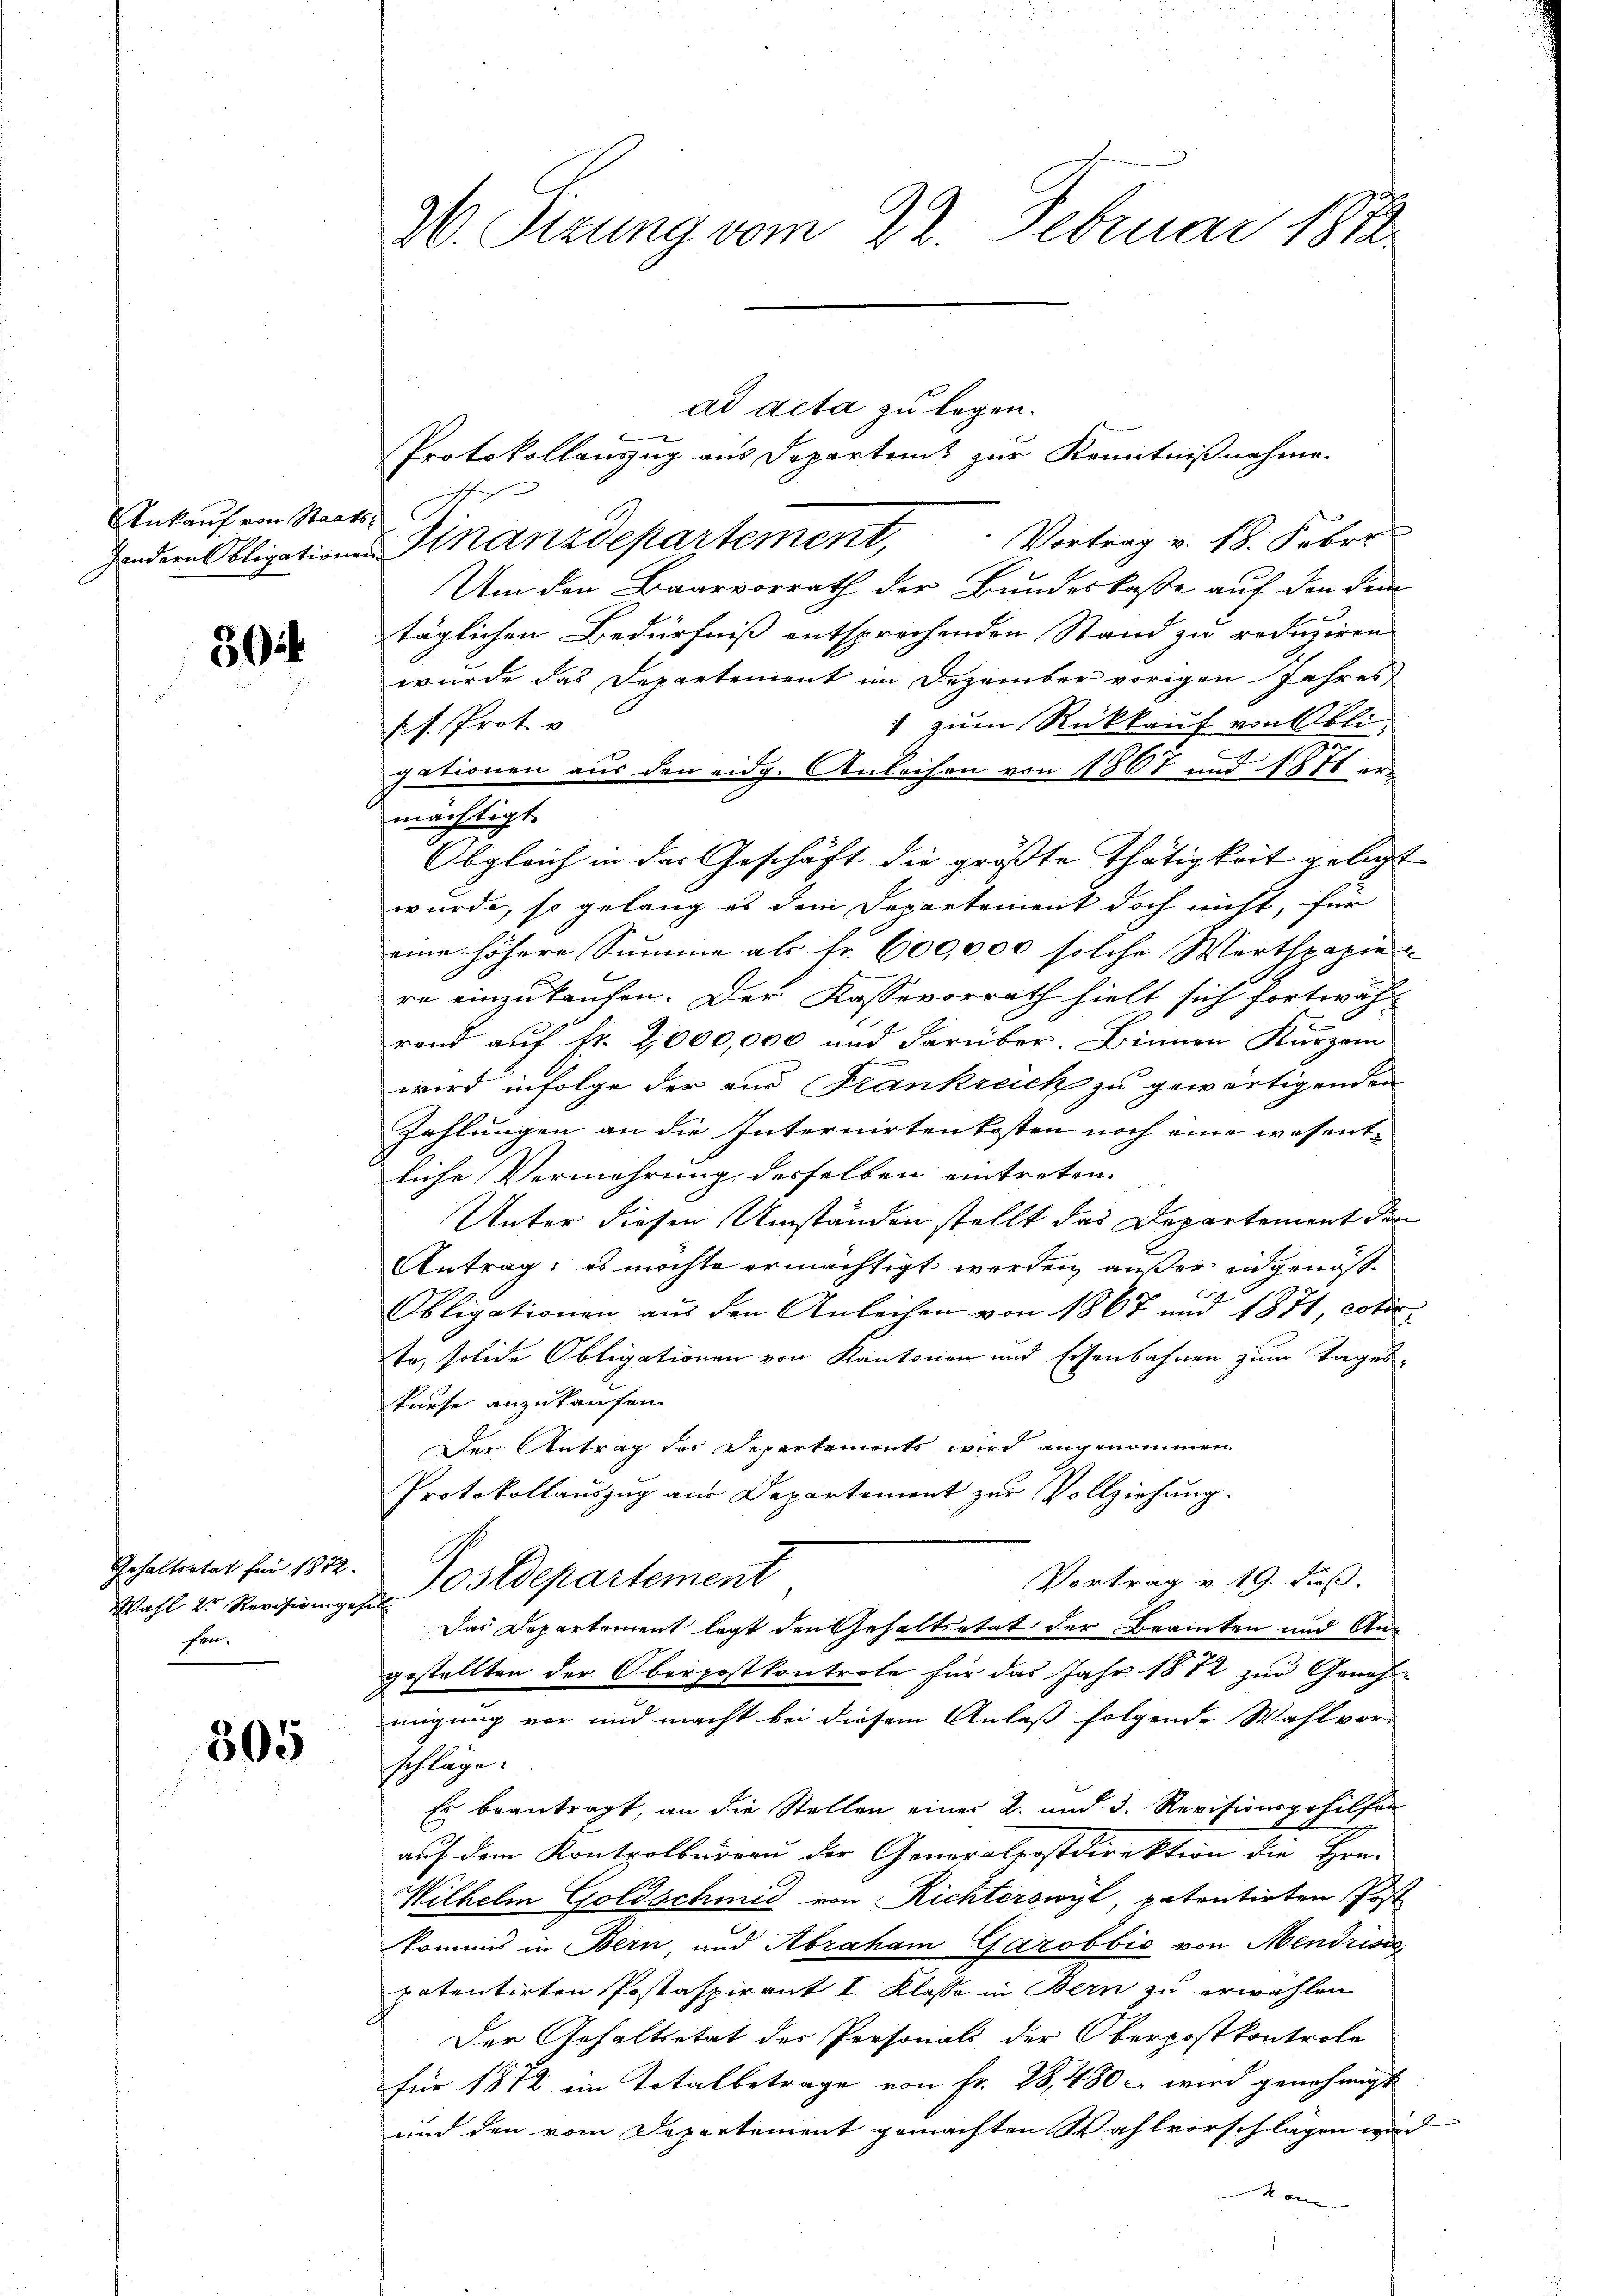
Ankauf von Staats¬

30

Schaltertat für 1872.
fen.

305

M. Sizung vom 22. Februar 1812

ad acta zu legen.
Protokollauszug aus Departens zur Kenntnißnahme
Vortrag v. 18. Febr.
sondern Obligationen Knanzdepartement,
Um den Baarvorrath der Bundeskasse auf den dem
täglichen Bedürfniß entsprechenden Stand zu reduziren
wurde das Departement im Dezember vorigen Jahres
 zum Rückkauf von Obli
s. Prot. v
2
gationen aus den eidg. Anleihen von 1867 und 1881 er-
mächtigt.
Obgleich in der Geschäft die grösste Thätigkeit gelegt
wurde, so gelang es dem Departement doch nicht, für
eine höhere Summe als Fr. 600,000 solche Werthpapie
re einzukaufen. Der Kasse vorrath hielt sich fortwäh-
rand auf Fr. 2,000,000 und darüber. Binnen Kurzem
wird infolge der aus Frankreich zu gewärtigenden
Zahlungen an die Internirtenkosten noch eine wesentliche Vermehrung desselben eintreten.
Unter diesen Umständen stellt das Departement den
Antrag; es möchte ermächtigt werden, außer eidgenös¬
Obligationen aus den Anleihen von 1867 und 1871, cotir
to, solide Obligationen von Kantonion und Eisenbahnen zum Tages-
Pinse anzukaufen.
Der Antrag des Departements wird angenommen
Protokollauszug aus Departement zur Vollziehung.
Vortrag v. 19. Fuß.
Wahl u. Revisionsges. Ostdepartement
Das Departement legt den Gehaltsatat der Beamten und Ang
gestellten der Oberpostkontrole für das Jahr 1872 zur Geneh-
migung vor und macht bei diesem Anlaß folgende Wahl vor-
schläge.
Es beantragt, an die Stellen einer 2. und 3. Revisionsgehilfen
auf dem Kontrolbureau der Genovalpostdirektion die Hrn.
Wilhelm Goldschmid von Richterswyl, patentirten Post
kommes in Bern und Abraham Garobbić von Mendrisc
patentirten Postaspirant I. Klasse in Bern zu erwählen
Der Gehaltsetat der Personals der Oberpostkontrolo
für 1872 im Totalbetrage von Fr. 28,480 c wird genehmigt
und den vom Departement gemachten Wahlvorschlägen wird
Kon